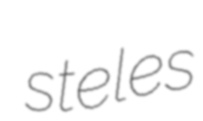
steles